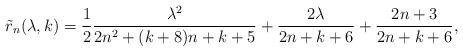
LaTeX: \begin{align*}\tilde{r}_n(\lambda,k)=\frac{1}{2}\frac{\lambda^2}{2n^2+(k+8)n+k+5}+\frac{2\lambda}{2n+k+6}+\frac{2n+3}{2n+k+6},\end{align*}